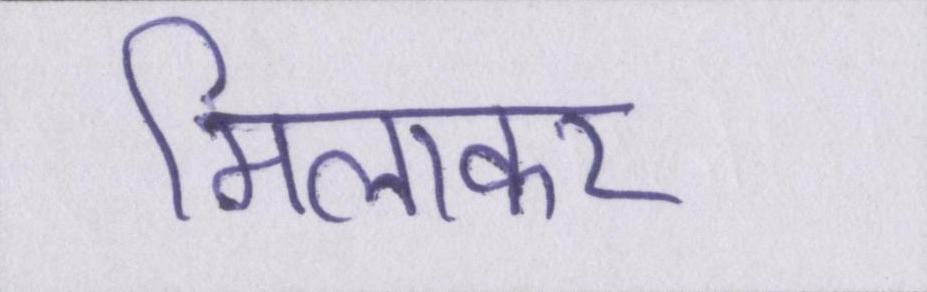
मिलाकर